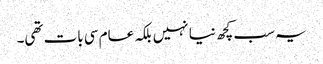
یہ سب کچھ نیا نہیں بلکہ عام سی بات تھی۔